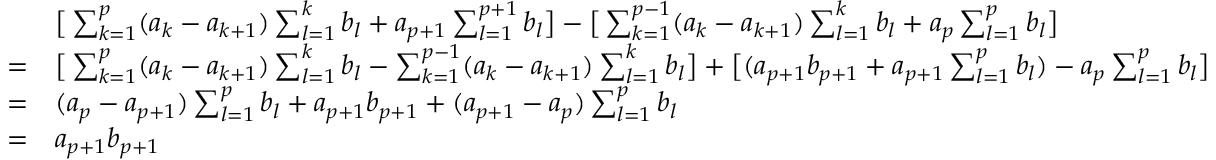
\begin{array} { r l } & { \big [ \sum _ { k = 1 } ^ { p } ( a _ { k } - a _ { k + 1 } ) \sum _ { l = 1 } ^ { k } b _ { l } + a _ { p + 1 } \sum _ { l = 1 } ^ { p + 1 } b _ { l } \big ] - \big [ \sum _ { k = 1 } ^ { p - 1 } ( a _ { k } - a _ { k + 1 } ) \sum _ { l = 1 } ^ { k } b _ { l } + a _ { p } \sum _ { l = 1 } ^ { p } b _ { l } \big ] } \\ { = } & { \big [ \sum _ { k = 1 } ^ { p } ( a _ { k } - a _ { k + 1 } ) \sum _ { l = 1 } ^ { k } b _ { l } - \sum _ { k = 1 } ^ { p - 1 } ( a _ { k } - a _ { k + 1 } ) \sum _ { l = 1 } ^ { k } b _ { l } \big ] + \big [ ( a _ { p + 1 } b _ { p + 1 } + a _ { p + 1 } \sum _ { l = 1 } ^ { p } b _ { l } ) - a _ { p } \sum _ { l = 1 } ^ { p } b _ { l } \big ] } \\ { = } & { ( a _ { p } - a _ { p + 1 } ) \sum _ { l = 1 } ^ { p } b _ { l } + a _ { p + 1 } b _ { p + 1 } + ( a _ { p + 1 } - a _ { p } ) \sum _ { l = 1 } ^ { p } b _ { l } } \\ { = } & { a _ { p + 1 } b _ { p + 1 } } \end{array}